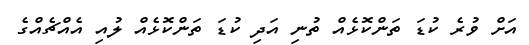
އަށް ވުރެ ކުޑަ ތަންކޮޅެއް ތުނި އަދި ކުޑަ ތަންކޮޅެއް ލުއި އެއްޗެއްގެ